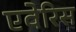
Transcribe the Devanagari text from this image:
एवेरिस